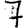
Digit: 7